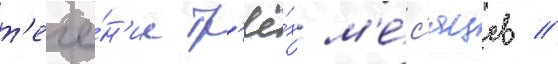
т'ече́н'ие тр'ё́х м'е́с'яцев //